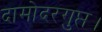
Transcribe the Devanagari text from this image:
दामोदरगुप्त।